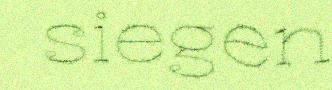
siegen